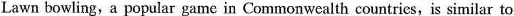
Lawn bowling,a popular game in Commonwealth countries, is similar to